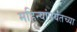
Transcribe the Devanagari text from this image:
महिन्यांपर्यंतच्या